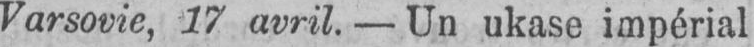
Varsovie, 17 avril. - Un ukase impérial